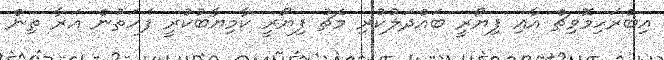
އިބްރަހިމޮވިޗް އާއި ފިޔޯރީ ބައްދަލުކުރި މެޗު ފިޔޯރީ ކާމިޔާބުކުރީ ފަހަތުން އަރާ ތިން